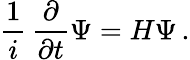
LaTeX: {\frac{1}{i}}\, {\frac{\partial}{\partial t}}\Psi=H\Psi\, .